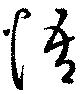
悟